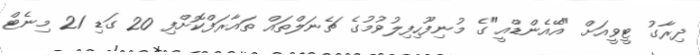
ދިރާގު ޓީވީއަށް "އޭއެންޑްއީ"ގެ މުނިފޫހިފިލުވުމުގެ ޗެނަލްތައް ތައާރަފްކޮށްފި 20 ގަޑި 21 މިނެޓް